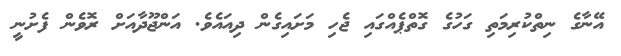
އޭނާގެ ނިތްކުރިމަތި ގަހުގެ ގޮތްޕެއްގައި ޖެހި މަށައިގެން ދިއައެވެ. އަންޖޫދާއަށް ރޮވެން ފެށުނީ